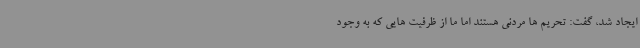
ایجاد شد، گفت: تحریم ها مردنی هستند اما ما از ظرفیت هایی که به وجود